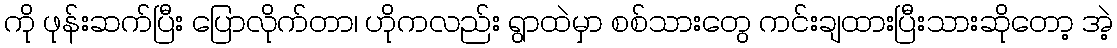
ကို ဖုန်းဆက်ပြီး ပြောလိုက်တာ၊ ဟိုကလည်း ရွာထဲမှာ စစ်သားတွေ ကင်းချထားပြီးသားဆိုတော့ အဲ့